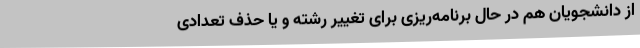
از دانشجویان هم در حال برنامه‌ریزی برای تغییر رشته و یا حذف تعدادی